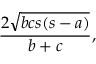
{ \frac { 2 { \sqrt { b c s ( s - a ) } } } { b + c } } ,